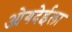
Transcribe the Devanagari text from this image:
ओगदेईला